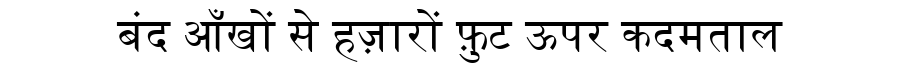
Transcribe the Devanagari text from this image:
बंद आँखों से हज़ारों फ़ुट ऊपर कदमताल